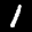
Label: 1